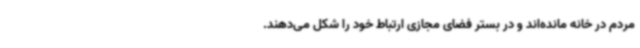
مردم در خانه مانده‌اند و در بستر فضای مجازی ارتباط خود را شکل می‌دهند.